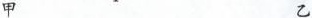
甲 乙